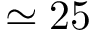
\simeq 2 5